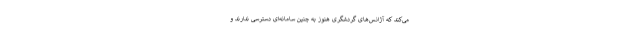
می‌کند که آژانس‌های گردشگری هنوز به چنین سامانه‌ای دسترسی ندارند و